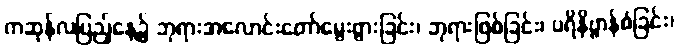
ကဆုန်လပြည့်နေ့၌ ဘုရားအလောင်းတော်မွေးဖွားခြင်း၊ ဘုရားဖြစ်ခြင်း၊ ပရိနိဗ္ဗာန်စံခြင်း၊